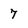
Character: 7